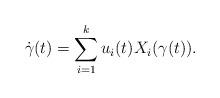
LaTeX: \begin{align*}\dot\gamma(t) = \sum_{i=1}^k u_i(t) X_i(\gamma(t)).\end{align*}